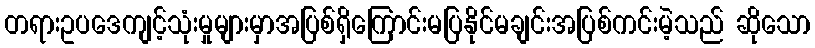
တရားဥပဒေကျင့်သုံးမှုများမှာအပြစ်ရှိကြောင်းမပြနိုင်မချင်းအပြစ်ကင်းမဲ့သည် ဆိုသော